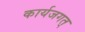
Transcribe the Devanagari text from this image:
कार्यजगत्